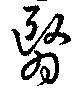
翳